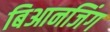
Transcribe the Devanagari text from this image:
बिआनजिंग